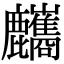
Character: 𪋸